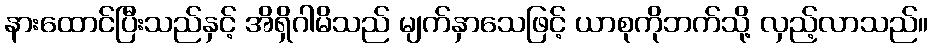
နားထောင်ပြီးသည်နှင့် အိရှိဂါမိသည် မျက်နှာသေဖြင့် ယာစုကိုဘက်သို့ လှည့်လာသည်။